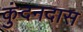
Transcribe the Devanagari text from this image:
कुंदनदास